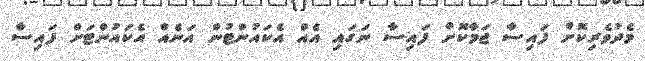
މެދުވެރިކޮށް ފައިސާ ޖަމާކޮށް ފައިސާ ނަގައި އެއް އެކައުންޓުން އަނެއް އެކައުންޓަށް ފައިސާ